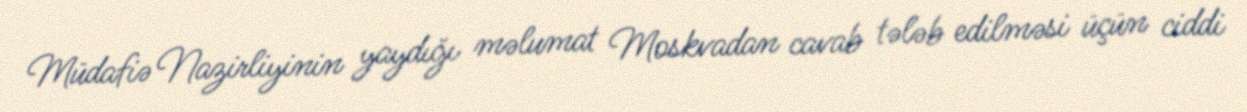
Müdafiə Nazirliyinin yaydığı məlumat Moskvadan cavab tələb edilməsi üçün ciddi